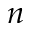
n